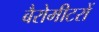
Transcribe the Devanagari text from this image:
बैरोमीटरों